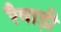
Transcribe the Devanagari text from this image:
रैवाड़ी